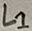
Text: L1